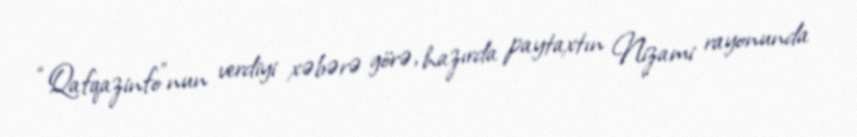
“Qafqazinfo”nun verdiyi xəbərə görə, hazırda paytaxtın Nizami rayonunda